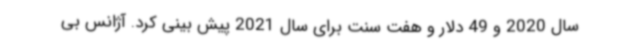
سال 2020 و 49 دلار و هفت سنت برای سال 2021 پیش بینی کرد. آژانس بی